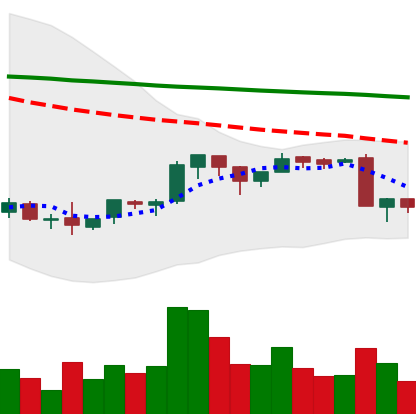
Ticker: BNB-USD
Chart end date: 2018-09-07
Forward return: -8.198%
Label: down_7plus